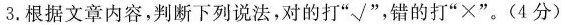
3.根据文章内容，判断下列说法，对的打”√”，错的打”×”。(4分)